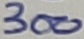
Text: 300